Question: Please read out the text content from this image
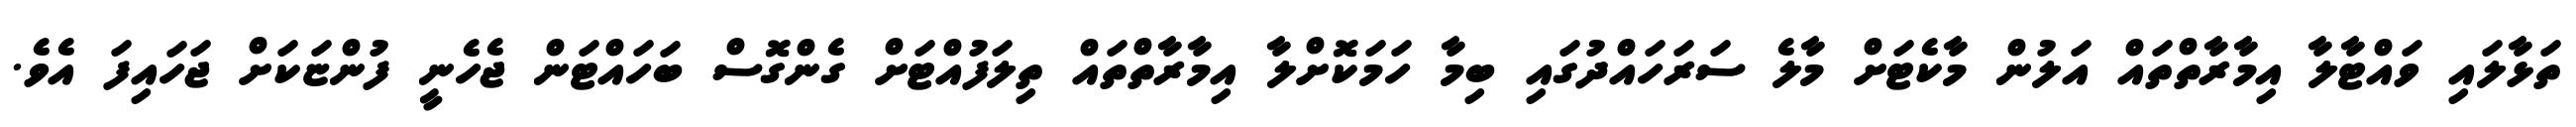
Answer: ތަޅާލައި ވައްޓާލާ އިމާރާތްތައް އަލުން މާކެޓަށް މާލެ ސަރަހައްދުގައި ބިމާ ހަމަކޮށްލާ އިމާރާތްތައް ތިލަފުއްޓަށް ގެންގޮސް ބަހައްޓަން ޖެހެނީ ފުންޏަކަށް ޖަހައިފަ އެވެ.